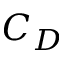
C _ { D }